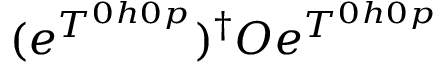
( e ^ { T ^ { 0 h 0 p } } ) ^ { \dagger } O e ^ { T ^ { 0 h 0 p } }